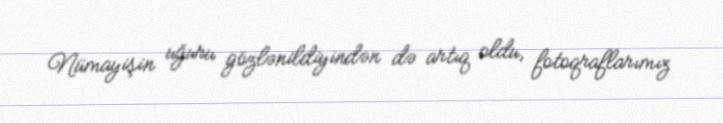
Nümayişin uğuru gözlənildiyindən də artıq oldu, fotoqraflarımız